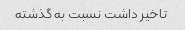
تاخیر داشت نسبت به گذشته